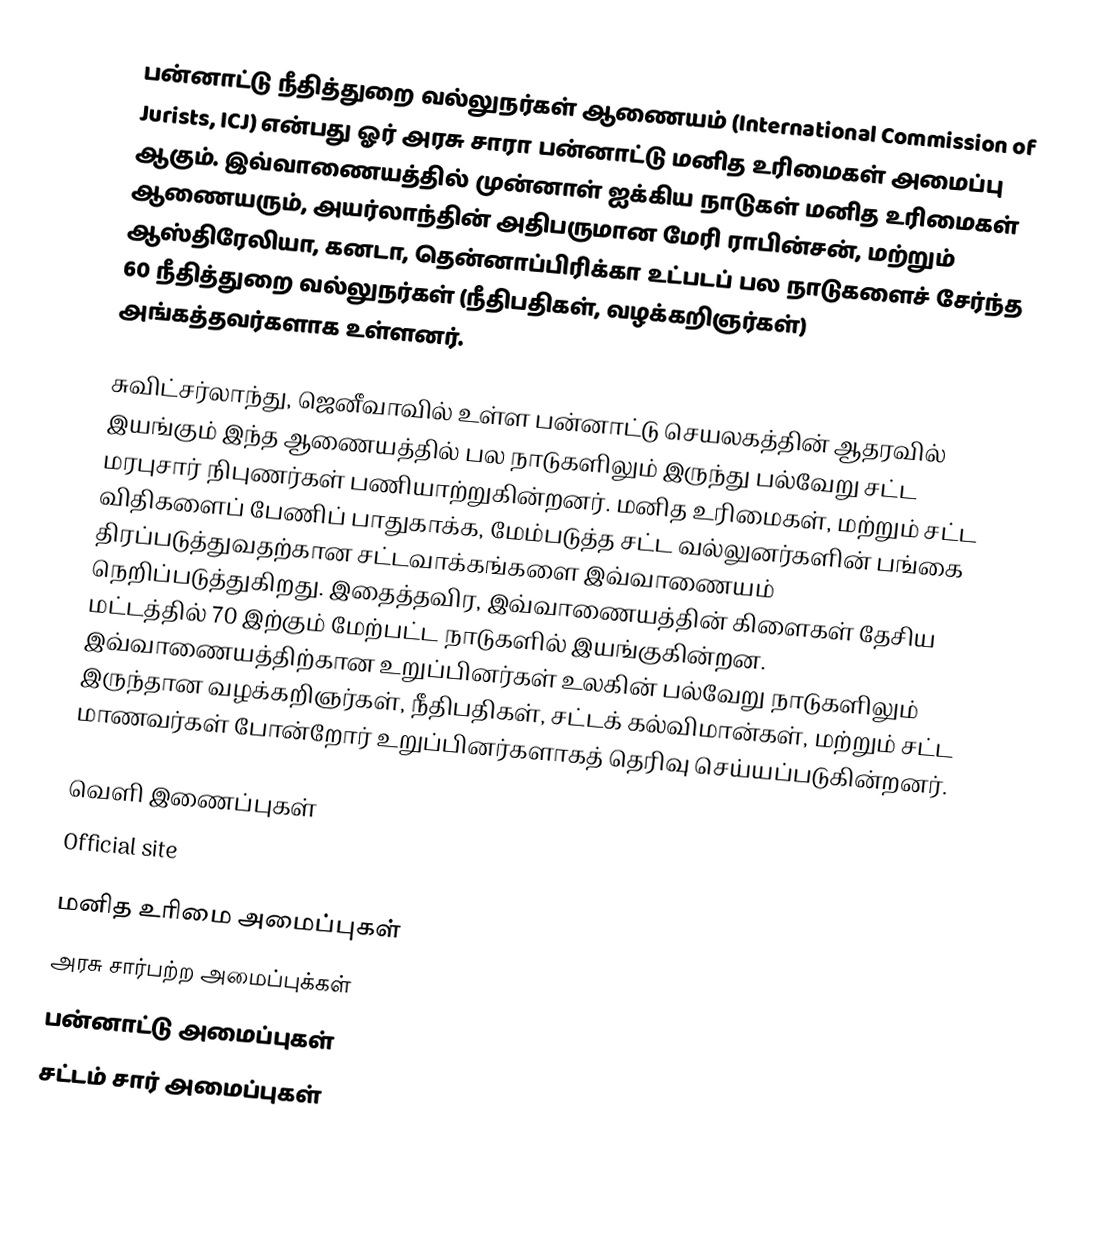
பன்னாட்டு நீதித்துறை வல்லுநர்கள் ஆணையம் (International Commission of Jurists, ICJ) என்பது ஓர் அரசு சாரா பன்னாட்டு மனித உரிமைகள் அமைப்பு ஆகும். இவ்வாணையத்தில் முன்னாள் ஐக்கிய நாடுகள் மனித உரிமைகள் ஆணையரும், அயர்லாந்தின் அதிபருமான மேரி ராபின்சன், மற்றும் ஆஸ்திரேலியா, கனடா, தென்னாப்பிரிக்கா உட்படப் பல நாடுகளைச் சேர்ந்த 60 நீதித்துறை வல்லுநர்கள் (நீதிபதிகள், வழக்கறிஞர்கள்) அங்கத்தவர்களாக உள்ளனர்.

சுவிட்சர்லாந்து, ஜெனீவாவில் உள்ள பன்னாட்டு செயலகத்தின் ஆதரவில் இயங்கும் இந்த ஆணையத்தில் பல நாடுகளிலும் இருந்து பல்வேறு சட்ட மரபுசார் நிபுணர்கள் பணியாற்றுகின்றனர். மனித உரிமைகள், மற்றும் சட்ட விதிகளைப் பேணிப் பாதுகாக்க, மேம்படுத்த சட்ட வல்லுனர்களின் பங்கை திரப்படுத்துவதற்கான சட்டவாக்கங்களை இவ்வாணையம் நெறிப்படுத்துகிறது. இதைத்தவிர, இவ்வாணையத்தின் கிளைகள் தேசிய மட்டத்தில் 70 இற்கும் மேற்பட்ட நாடுகளில் இயங்குகின்றன. இவ்வாணையத்திற்கான உறுப்பினர்கள் உலகின் பல்வேறு நாடுகளிலும் இருந்தான வழக்கறிஞர்கள், நீதிபதிகள், சட்டக் கல்விமான்கள், மற்றும் சட்ட மாணவர்கள் போன்றோர் உறுப்பினர்களாகத் தெரிவு செய்யப்படுகின்றனர்.

வெளி இணைப்புகள்
Official site

மனித உரிமை அமைப்புகள்
அரசு சார்பற்ற அமைப்புக்கள்
பன்னாட்டு அமைப்புகள்
சட்டம் சார் அமைப்புகள்